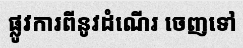
ផ្លូវការពីនូវដំណើរ ចេញទៅ